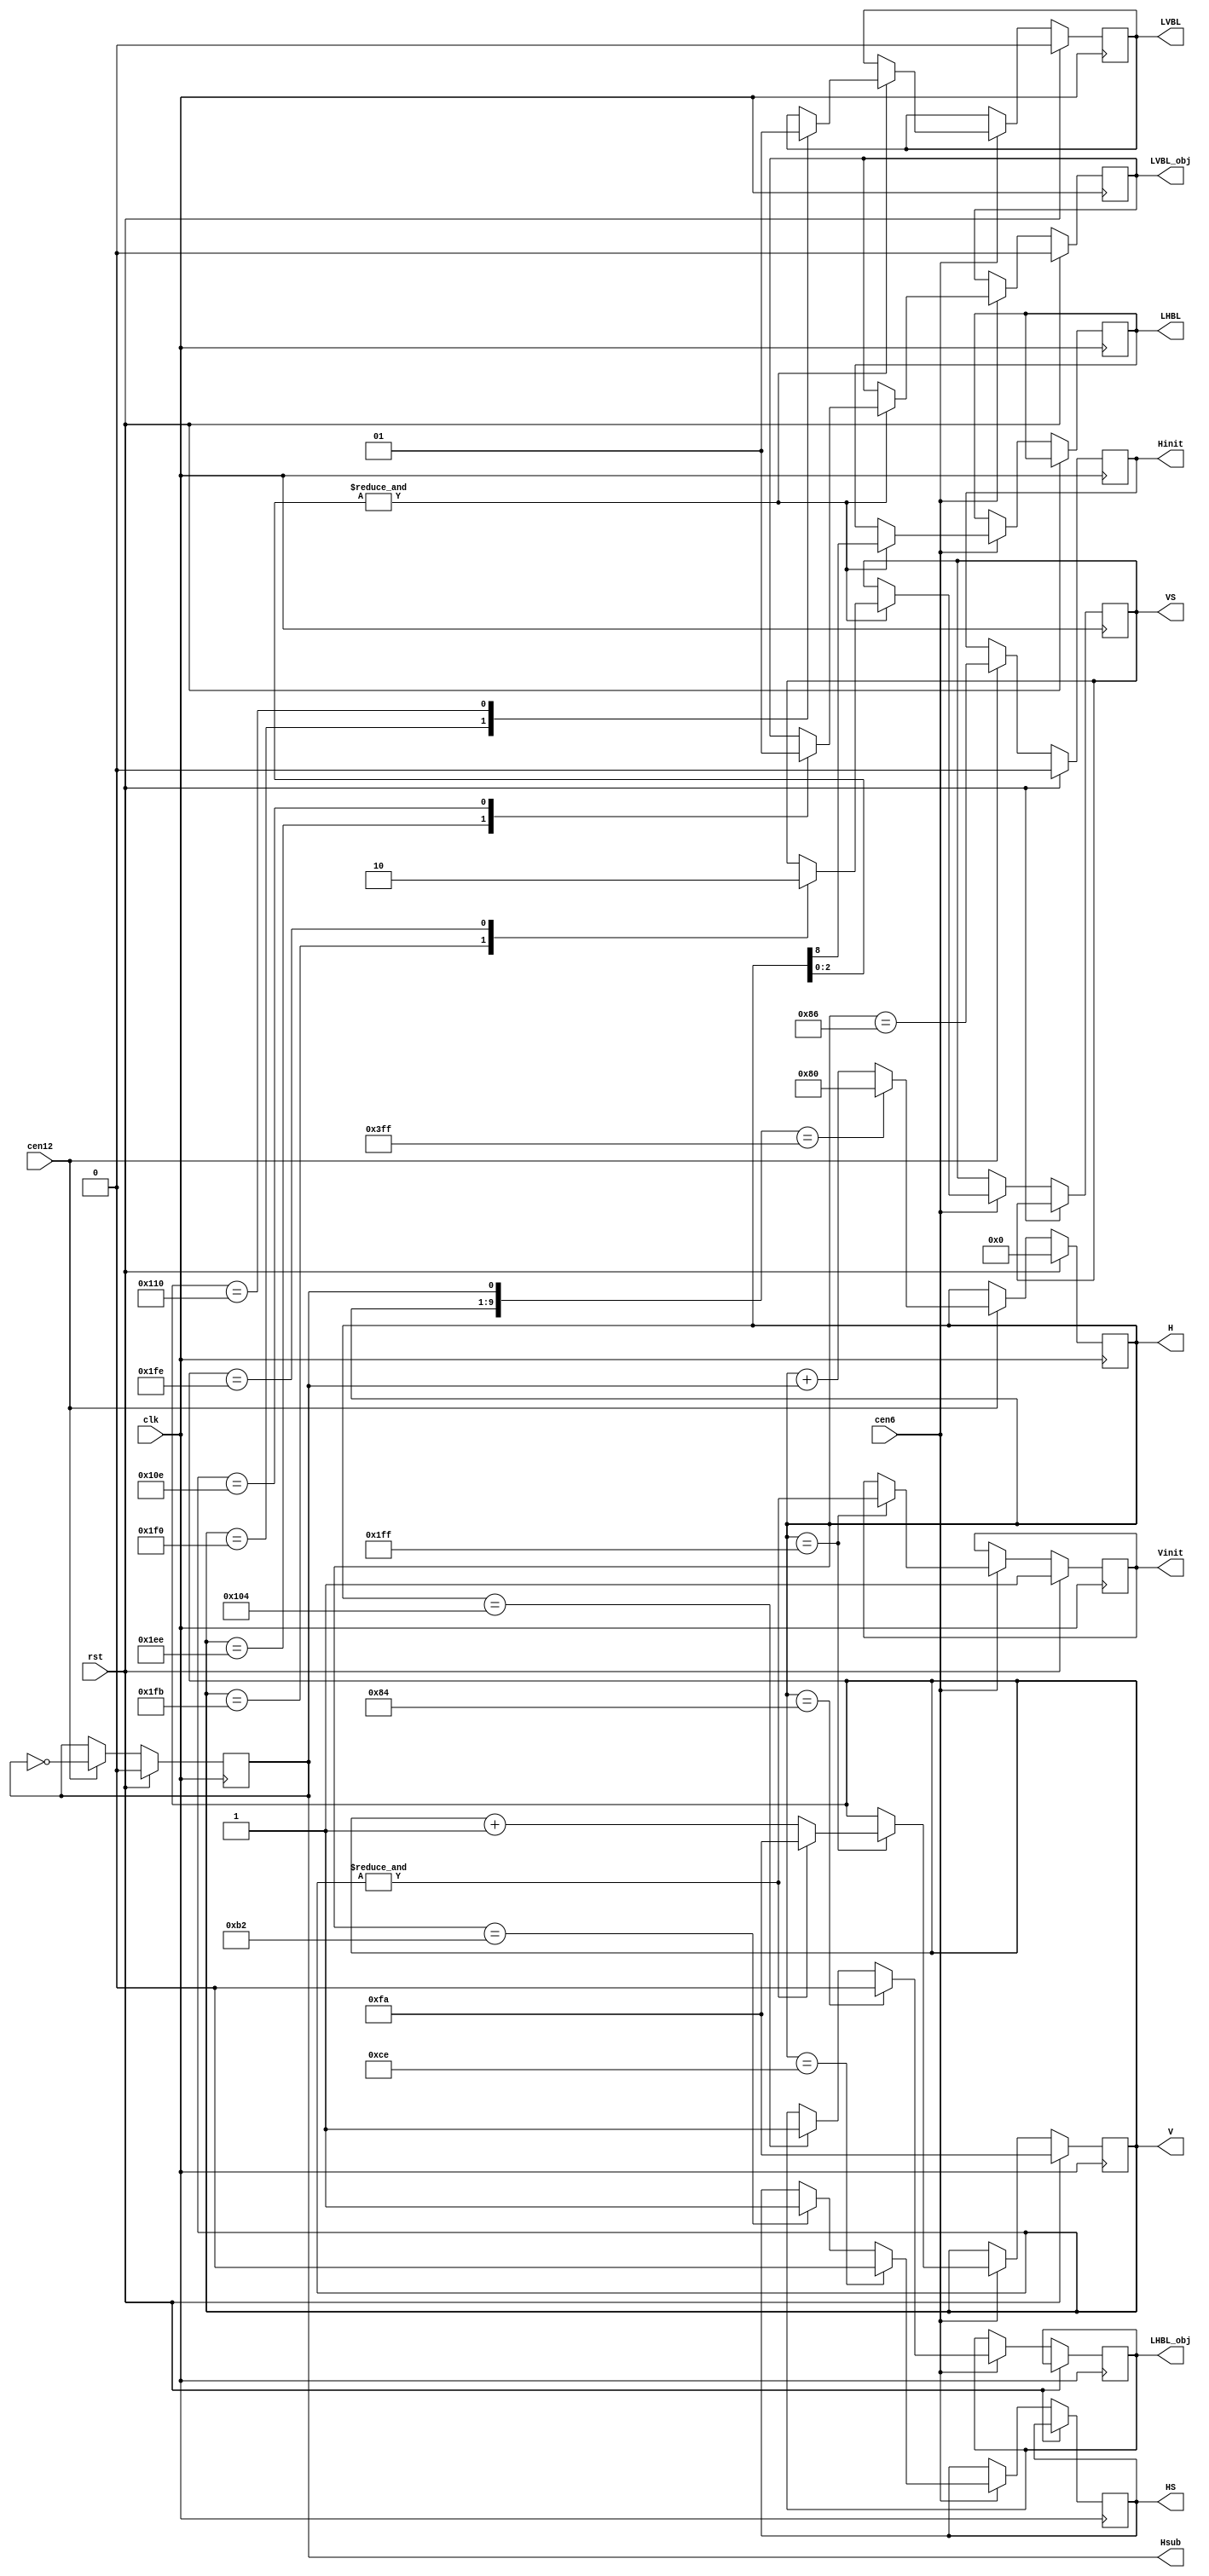
/*  This file is part of JT_GNG.
    JT_GNG program is free software: you can redistribute it and/or modify
    it under the terms of the GNU General Public License as published by
    the Free Software Foundation, either version 3 of the License, or
    (at your option) any later version.

    JT_GNG program is distributed in the hope that it will be useful,
    but WITHOUT ANY WARRANTY; without even the implied warranty of
    MERCHANTABILITY or FITNESS FOR A PARTICULAR PURPOSE.  See the
    GNU General Public License for more details.

    You should have received a copy of the GNU General Public License
    along with JT_GNG.  If not, see <http://www.gnu.org/licenses/>.

    Author: Jose Tejada Gomez. Twitter: @topapate
    Version: 1.0
    Date: 27-10-2017 */

module jtgng_timer(
    input               clk,
    input               cen12,  // 12 MHz
    input               cen6,   //  6 MHz
    input               rst,
    output  reg [8:0]   V,
    output  reg [8:0]   H,
    output  reg         Hsub,
    output  reg         Hinit,
    output  reg         Vinit,
    output  reg         LHBL,
    output  reg         LHBL_obj,
    output  reg         LVBL,
    output  reg         LVBL_obj,
    output  reg         HS,
    output  reg         VS
);

parameter obj_offset=10'd3;

//reg LHBL_short;
//reg G4_3H;  // high on 3/4 H transition
//reg G4H;    // high on 4H transition
//reg OH;     // high on 0H transition

// H counter
always @(posedge clk) begin
    if( rst ) begin
        { Hinit, H } <= 10'd0;
        Hsub <= 1'b0;
    end else if(cen12) begin
        Hinit <= H == 9'h86;
        Hsub  <= ~Hsub;
        if( {H,Hsub} == {9'd511,1'b1} ) begin
            //Hinit <= 1'b1;
            H <= 9'd128;
        end
        else begin
            //Hinit <= 1'b0;
            H <= H + Hsub;
        end
    end
end

// V Counter
always @(posedge clk) begin
    if( rst ) begin
        V     <= 9'd250;
        Vinit <= 1'b1;
    end else if(cen6) begin
        if( H == 9'd511 ) begin
            Vinit <= &V;
            V <= &V ? 9'd250 : V + 1'd1;
        end
    end
end

wire [9:0] LHBL_obj0 = 10'd135-obj_offset >= 10'd128 ? 10'd135-obj_offset : 10'd135-obj_offset+10'd512-10'd128;
wire [9:0] LHBL_obj1 = 10'd263-obj_offset;

// L Horizontal/Vertical Blanking
// Objects are drawn using a 2-line buffer
// so they are calculated two lines in advanced
// original games use a small ROM to generate
// control signals for the object buffers.
// I do not always use that ROM in my games,
// I often just generates the signals with logic
// LVBL_obj is such a signal. In CAPCOM schematics
// this is roughly equivalent to BLTM (1943) or BLTIMING (GnG)
always @(posedge clk)
    if( rst ) begin
        LVBL <= 1'b0;
        LVBL_obj <= 1'b0;
    end
    else if(cen6) begin
        if( H==LHBL_obj1[8:0] ) LHBL_obj<=1'b1;
        if( H==LHBL_obj0[8:0] ) LHBL_obj<=1'b0;
        if( &H[2:0] ) begin
            LHBL <= H[8];
            case( V )
                9'd496: LVBL <= 1'b0; // h1F0
                9'd272: LVBL <= 1'b1; // h110
                // OBJ LVBL is two lines ahead
                9'd494: LVBL_obj <= 1'b0;
                9'd270: LVBL_obj <= 1'b1;

                9'd507: VS <= 1;
                9'd510: VS <= 0;
            endcase // V
        end

        if (H==9'd178) HS <= 1;
        if (H==9'd206) HS <= 0;
        // if (H==9'd136) LHBL_short <= 1'b0;
        // if (H==9'd248) LHBL_short <= 1'b1;
    end

// H indicators
// always @(posedge clk) begin
//     G4H <= &H[1:0];
//     OH  <= &H[2:0];
// end
//
// always @(posedge clk) begin
//     G4_3H <= &H[1:0];
// end

endmodule // jtgng_timer